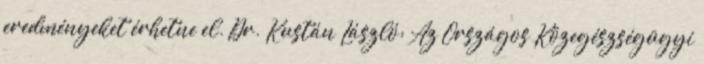
eredményeket érhetne el. Dr. Kustán László: Az Országos Közegészségügyi